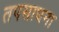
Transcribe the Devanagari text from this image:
तपसाधना